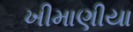
ખીમાણીયા